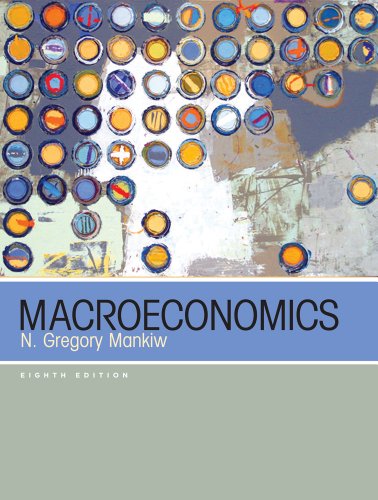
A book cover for Macroeconomics; N. Gregory Mankiw; Business & Money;